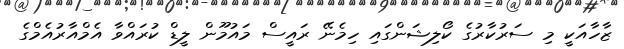
ޒާހާއަކީ މި ސަރުކާރުގެ ކޯލިޝަންގައި ހިމެނޭ ރައީސް މައުމޫން ލީޑް ކުރައްވާ އެމްއާރުއެމްގެ